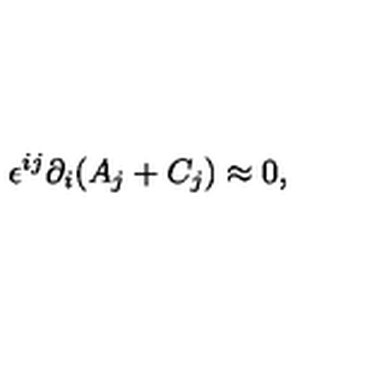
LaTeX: \epsilon ^ { i j } \partial _ { i } ( A _ { j } + C _ { j } ) \approx 0 ,